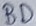
Text: BD